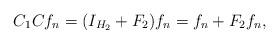
LaTeX: \begin{align*}C_1Cf_n=(I_{H_2}+F_2)f_n=f_n+ F_2 f_n,\end{align*}